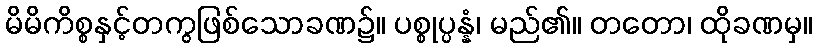
မိမိကိစ္စနှင့်တကွဖြစ်သောခဏ၌။ ပစ္စုပ္ပန္နံ၊ မည်၏။ တတော၊ ထိုခဏမှ။